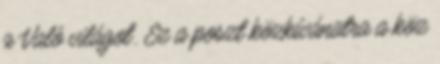
a Való világot. Ez a poszt közkívánatra a köz